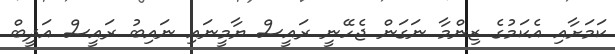
ކަމަށާއި އެކަމުގެ ޒިންމާ ނަގަން ޖެހޭނީ ރައީސް ޔާމީނައި ނައިބު ރައީސް އަދީބް